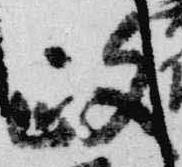
政